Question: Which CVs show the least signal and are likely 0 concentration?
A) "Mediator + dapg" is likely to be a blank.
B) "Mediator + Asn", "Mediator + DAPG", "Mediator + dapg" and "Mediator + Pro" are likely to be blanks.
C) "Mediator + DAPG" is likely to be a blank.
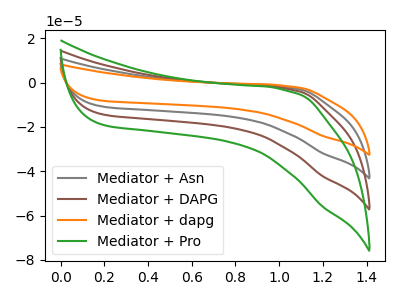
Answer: <think>The gray curve "Mediator + Asn" has no peaks. The brown curve "Mediator + DAPG" has no peaks. The orange curve "Mediator + dapg" has no peaks. The green curve "Mediator + Pro" has no peaks.</think>
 <answer>B) "Mediator + Asn", "Mediator + DAPG", "Mediator + dapg" and "Mediator + Pro" are likely to be blanks.</answer>
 <eval>B</eval>